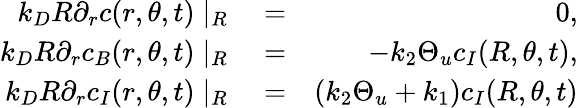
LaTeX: \begin{array}{rlr}{k_{D}R\partial_{r}c(r,\theta,t)\mid_{R}}&{{}=}&{0,}\\ {k_{D}R\partial_{r}c_{B}(r,\theta,t)\mid_{R}}&{{}=}&{-k_{2}\Theta_{u}c_{I}(R,\theta,t),}\\ {k_{D}R\partial_{r}c_{I}(r,\theta,t)\mid_{R}}&{{}=}&{(k_{2}\Theta_{u}+k_{1})c_{I}(R,\theta,t)}\end{array}